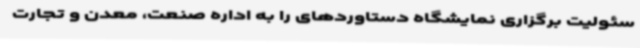
سئولیت برگزاری نمایشگاه دستاوردهای را به اداره صنعت، معدن و تجارت